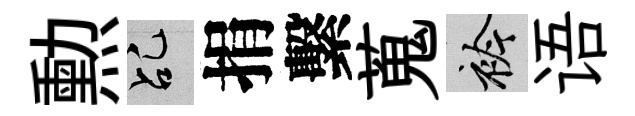
勲乩捐繫蒐衿语